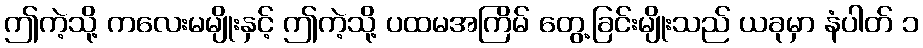
ဤကဲ့သို့ ကလေးမမျိုးနှင့် ဤကဲ့သို့ ပထမအကြိမ် တွေ့ခြင်းမျိုးသည် ယခုမှာ နံပါတ် ၁